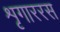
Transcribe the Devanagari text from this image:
शृगाररस